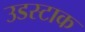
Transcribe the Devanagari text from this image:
उडस्टाक